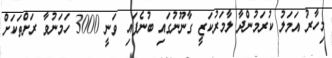
މިހާރު އަމަލު ކުރަމުންދާ ލާމަރުކަޒީ ގާނޫނުގައި ބުނެފައި ވަނީ 3000 ހަމަނުވާ ރަށްތަކަށް